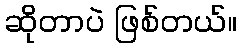
ဆိုတာပဲ ဖြစ်တယ်။